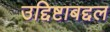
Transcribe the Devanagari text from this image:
उद्दिष्टाबद्दल